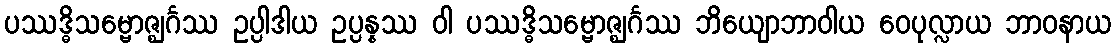
ပဿဒ္ဓိသမ္ဗောဇ္ဈင်္ဂဿ ဥပ္ပါဒါယ ဥပ္ပန္နဿ ဝါ ပဿဒ္ဓိသမ္ဗောဇ္ဈင်္ဂဿ ဘိယျောဘာဝါယ ဝေပုလ္လာယ ဘာဝနာယ